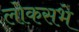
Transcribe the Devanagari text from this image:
लोकसभे